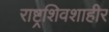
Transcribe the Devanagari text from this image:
राष्ट्रशिवशाहीर